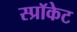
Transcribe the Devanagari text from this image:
स्प्रॉकेट